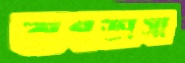
বাগডাসা